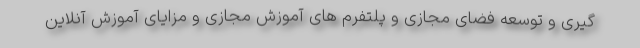
گیری و توسعه فضای مجازی و پلتفرم های آموزش مجازی و مزایای آموزش آنلاین